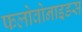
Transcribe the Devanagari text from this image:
फलोवोनाइडस